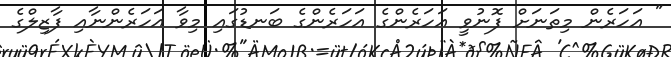
" އަހަރެން މިތަނަށް ފޮނުވީ އަހަރެންގެ އަހަރެންގެ ބަނޑުގައި މިވާ އަހަރެންނާއި ފާޒިލްގެ